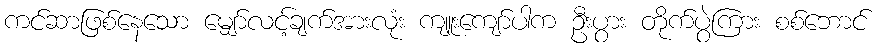
ကင်ဆာဖြစ်နေသော မျှော်လင့်ချက်အားလုံး ကျူးကျော်ပါက ဦးပွား တိုက်ပွဲကြား စစ်ဘောင်